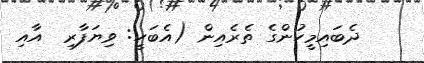
ދެބައިމީހުންގެ ތެރެއިން (އެބަހީ: ވިޔަފާރި  އާއި